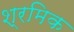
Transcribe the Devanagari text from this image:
श्रमिक